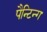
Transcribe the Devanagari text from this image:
पैन्टिन्ग